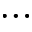
\ldots